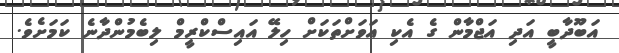
އަބޫދާބީ އަދި އަޖްމާން ގެ އެކި އަވަށްތަކަށް ހިލޭ އައިސްކްރީމް ލިބެމުންދާނެ ކަމަށެވެ.